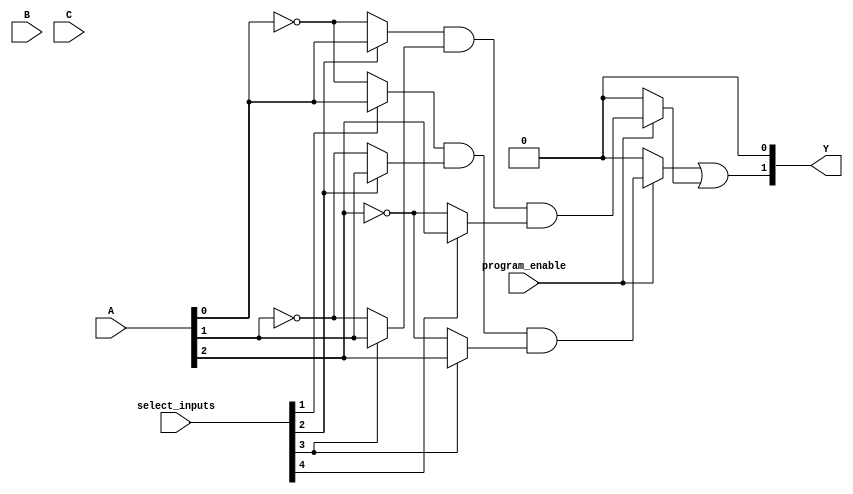
module hs_pal (
    input wire [n-1:0] A,     // n inputs
    input wire [m-1:0] B,     // m inputs (for example)
    input wire [p-1:0] C,     // p inputs (for example)
    input wire [n+m+p-1:0] select_inputs, // Select signals for programming inputs
    input wire program_enable, // Signal to enable programming
    output wire [k-1:0] Y     // k outputs
);

// Parameters (adjust as necessary)
parameter n = 3;            // Number of inputs
parameter m = 2;            // Extra inputs
parameter p = 1;            // Additional inputs
parameter and_gates = 4;    // Number of programmable AND gates
parameter or_gates = 2;      // Number of fixed OR gates
parameter k = 2;            // Number of outputs

// Internal signals
wire [and_gates-1:0] and_outputs; // Outputs from programmable AND gates
wire [and_gates-1:0] programmed;   // Storage for programmed connections

// Programmable AND Array
genvar i, j;
generate
    for (i = 0; i < and_gates; i = i + 1) begin: AND_ARRAY
        // AND gate logic - programming determined by select_inputs
        assign and_outputs[i] = (program_enable) ? 
            (select_inputs[i] ? A[0] : ~A[0]) & 
            (select_inputs[i+1] ? A[1] : ~A[1]) & 
            (select_inputs[i+2] ? A[2] : ~A[2]) : 1'b0; // Example logic
    end
endgenerate

// Fixed OR Array
generate
    for (j = 0; j < or_gates; j = j + 1) begin: OR_ARRAY
        assign Y[j] = or_gates[j] ? and_outputs[j] | and_outputs[j+1] : 1'b0; // Example logic
    end
endgenerate

endmodule